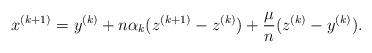
LaTeX: \begin{align*} x^{(k+1)} = y^{(k)} + n\alpha_k(z^{(k+1)}-z^{(k)}) + \frac{\mu}{n}(z^{(k)}-y^{(k)}) .\end{align*}